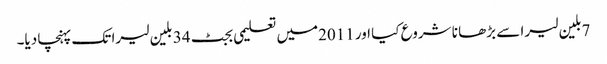
7بلین لیرا سے بڑھا نا شروع کیا اور 2011میں تعلیمی بجٹ 34 بلین لیرا تک پہنچا دیا۔